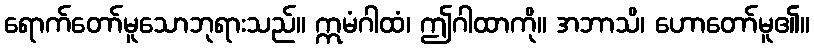
ရောက်တော်မူသောဘုရားသည်။ ဣမံဂါထံ၊ ဤဂါထာကို။ အဘာသိ၊ ဟောတော်မူ၏။